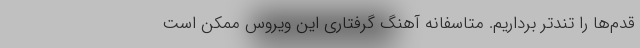
قدم‌ها را تندتر برداریم. متاسفانه آهنگ گرفتاری این ویروس ممکن است